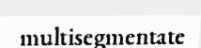
multisegmentate